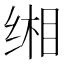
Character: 缃